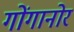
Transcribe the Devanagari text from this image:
गोंगानोर